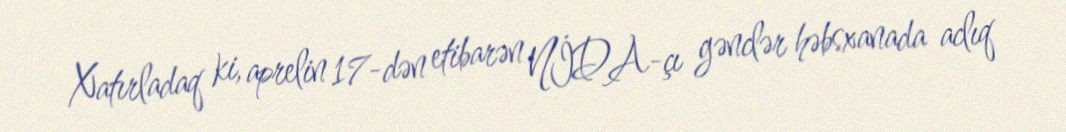
Xatırladaq ki, aprelin 17-dən etibarən NİDA-çı gənclər həbsxanada aclıq